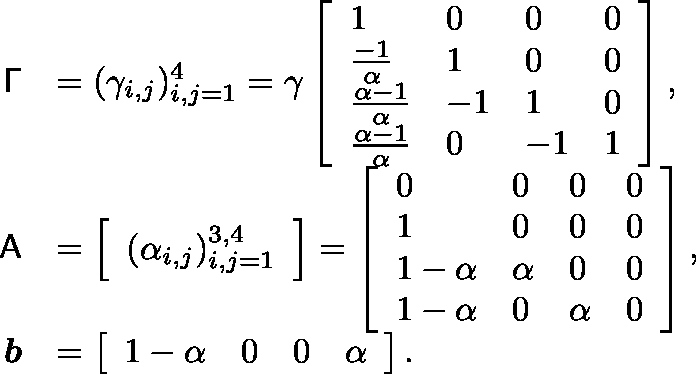
\begin{array} { r l } { \mathsf { \Gamma } } & { = ( \gamma _ { i , j } ) _ { i , j = 1 } ^ { 4 } = \gamma \left[ \begin{array} { l l l l } { 1 } & { 0 } & { 0 } & { 0 } \\ { \frac { - 1 } { \alpha } } & { 1 } & { 0 } & { 0 } \\ { \frac { \alpha - 1 } { \alpha } } & { - 1 } & { 1 } & { 0 } \\ { \frac { \alpha - 1 } { \alpha } } & { 0 } & { - 1 } & { 1 } \end{array} \right] , } \\ { \mathsf { A } } & { = \left[ \begin{array} { l } { ( \alpha _ { i , j } ) _ { i , j = 1 } ^ { 3 , 4 } } \end{array} \right] = \left[ \begin{array} { l l l l } { 0 } & { 0 } & { 0 } & { 0 } \\ { 1 } & { 0 } & { 0 } & { 0 } \\ { 1 - \alpha } & { \alpha } & { 0 } & { 0 } \\ { 1 - \alpha } & { 0 } & { \alpha } & { 0 } \end{array} \right] , } \\ { \boldsymbol { b } } & { = \left[ \begin{array} { l l l l } { 1 - \alpha } & { 0 } & { 0 } & { \alpha } \end{array} \right] . } \end{array}